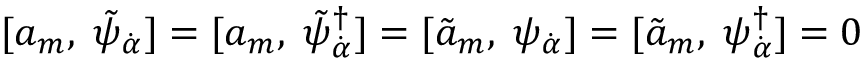
[ a _ { m } , \; \tilde { \psi } _ { \dot { \alpha } } ] = [ a _ { m } , \; \tilde { \psi } _ { \dot { \alpha } } ^ { \dagger } ] = [ \tilde { a } _ { m } , \; \psi _ { \dot { \alpha } } ] = [ \tilde { a } _ { m } , \; \psi _ { \dot { \alpha } } ^ { \dagger } ] = 0